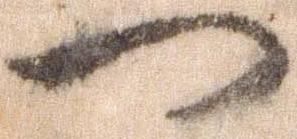
一